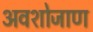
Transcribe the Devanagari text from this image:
अवशोजाण